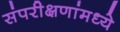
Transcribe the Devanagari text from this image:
संपरीक्षणांमध्ये